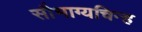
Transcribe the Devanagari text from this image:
सौभाग्यचिन्ह